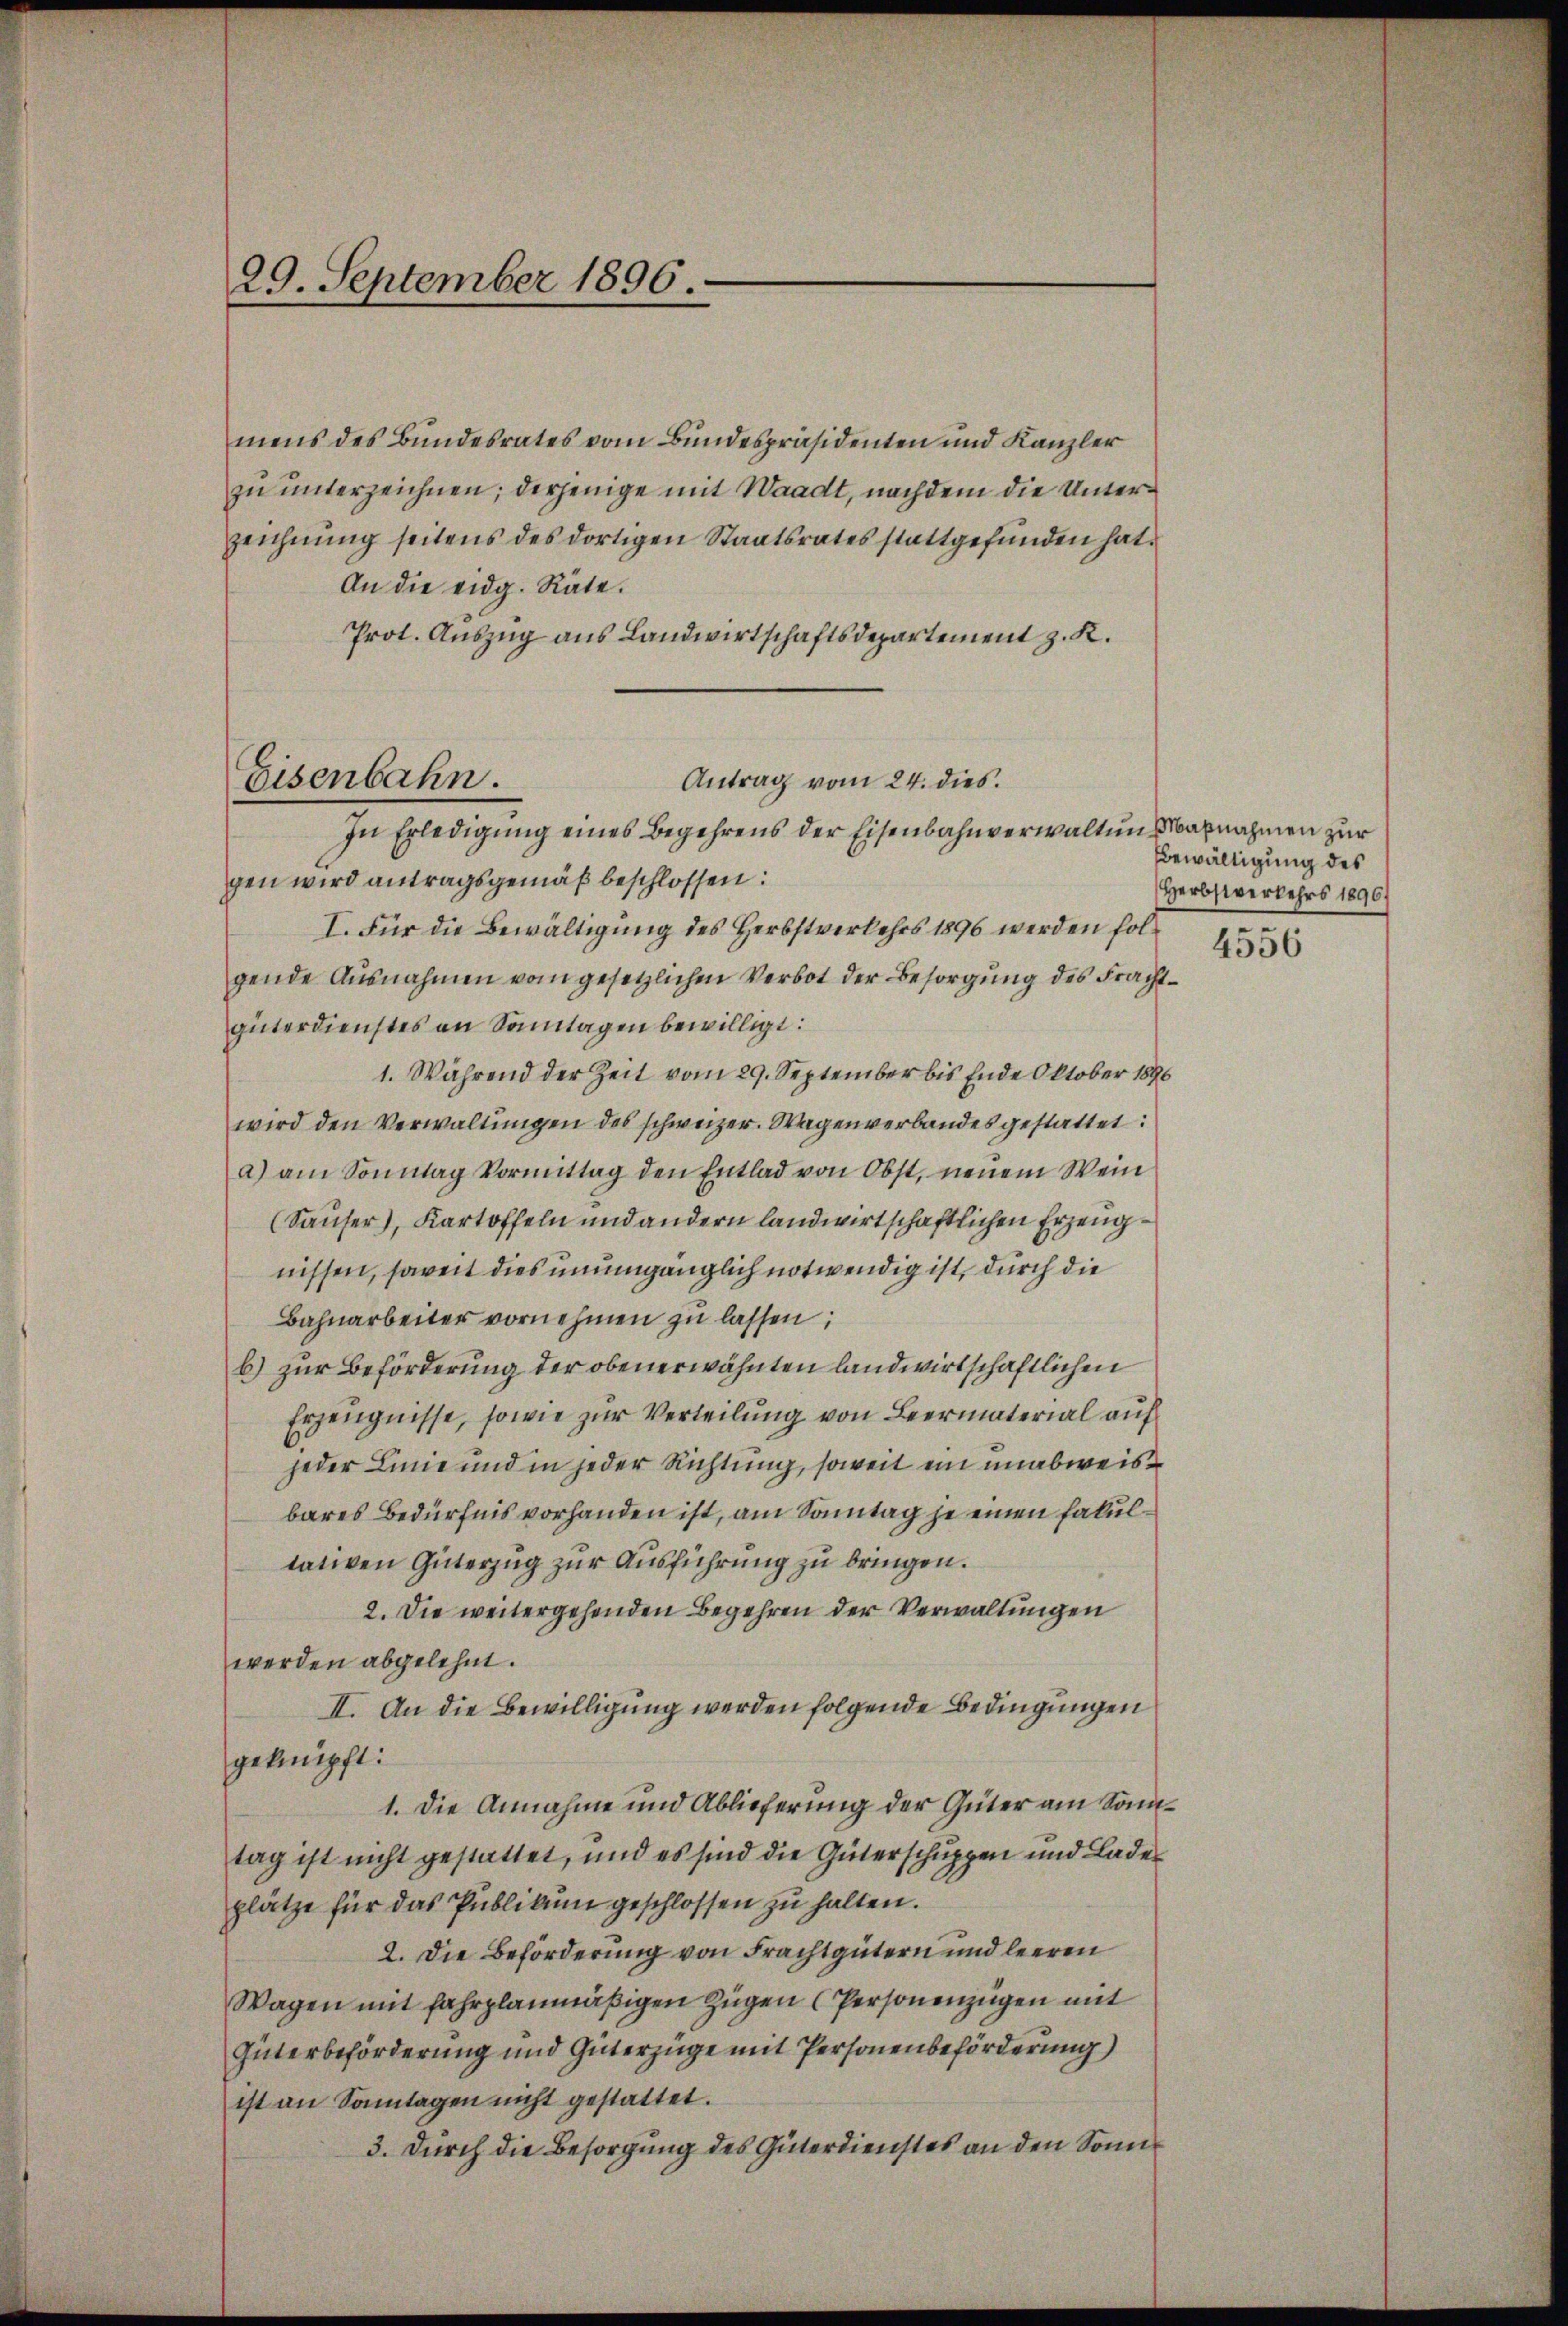
29. September 1896.

mens des Bundesrates vom Bundespräsidenten und Kanzler
zu unterzeichnen; derjenige mit Waadt, nachdem die Unterzeichnung seitens des dortigen Staatsrates stattgefunden hat.
An die eidg. Räte.
Prot. Auszug aus Landwirtschaftsdepartement z. K.
In Erledigung eines Begehrens der Eisenbahnverwaltungsabnahmen zur
gen wird antragsgemäß beschlossen:
I. Für die Bewältigung des Herbstverkehrs 1896 werden folgende Ausnahmen vom gesetzlichen Verbot der Besorgung des Frachtgüterdienstes an Sonntagen bewilligt:
1. Während der Zeit vom 29. September bis Ende Oktober 1896
wird den Verwaltungen des schweizer. Wagen verbandes gestattet
a) am Sonntag Vormittag den Entlad von Obst, neuem Wein
(Sauser), Kartoffeln und andern landwirtschaftlichen Erzeugnissen, soweit dies unumgänglich notwendig ist, durch die
Bahnarbeiter vornehmen zŭ lassen:
b) zur Beförderung der obenerwähnten landwirtschaftlichen
Erzeugnisse, sowie zur Verteilung von Beermaterial auf
jeder Linie und in jeder Richtung, soweit ein unabweisbares Bedürfnis vorhanden ist, am Sonntag je einen Fakultativen Güterzug zur Ausführung zu bringen.
2. Die weitergehenden Begehren der Verwaltungen
werden abgelehnt.
II. An die Bewilligung werden folgende Bedingungen
geknüpft:
1. Die Annahme und Ablieferung der Güter am Sonntag ist nicht gestattet, und es sind die Güterschuppen und Lades
plätze für das Publikŭm geschlossen zŭ halten.
2. Die Beförderung von Frachtgütern und leeren
Wagen mit fahrplanmäßigen Zügen (Personenzügen mit
Güterbeförderung und Güterzüge mit Personenbeförderung
ist an Sonntagen nicht gestattet.
3. Durch die Besorgung des Güterdienstes an den Sonn¬

Eisenbahn.

Antrag vom 24. dies.

Bewältigung des
Herbstverkehrs 1896)

4556